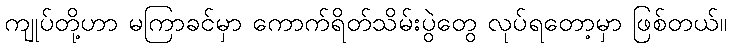
ကျုပ်တို့ဟာ မကြာခင်မှာ ကောက်ရိတ်သိမ်းပွဲတွေ လုပ်ရတော့မှာ ဖြစ်တယ်။